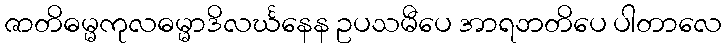
ဇာတိဓမ္မကုလဓမ္မာဒိလင်္ဃနေန ဥပသမီပေ အာရဘတိပေ ပါတာလေ